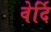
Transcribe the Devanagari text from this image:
वेर्दि